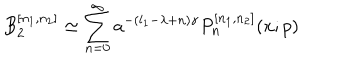
LaTeX: B _ { 2 } ^ { [ n _ { 1 } , n _ { 2 } ] } \simeq \sum _ { n = 0 } ^ { \infty } a ^ { - ( l _ { 1 } - \lambda + n ) \gamma } P _ { n } ^ { [ n _ { 1 } , n _ { 2 } ] } ( x ; p )